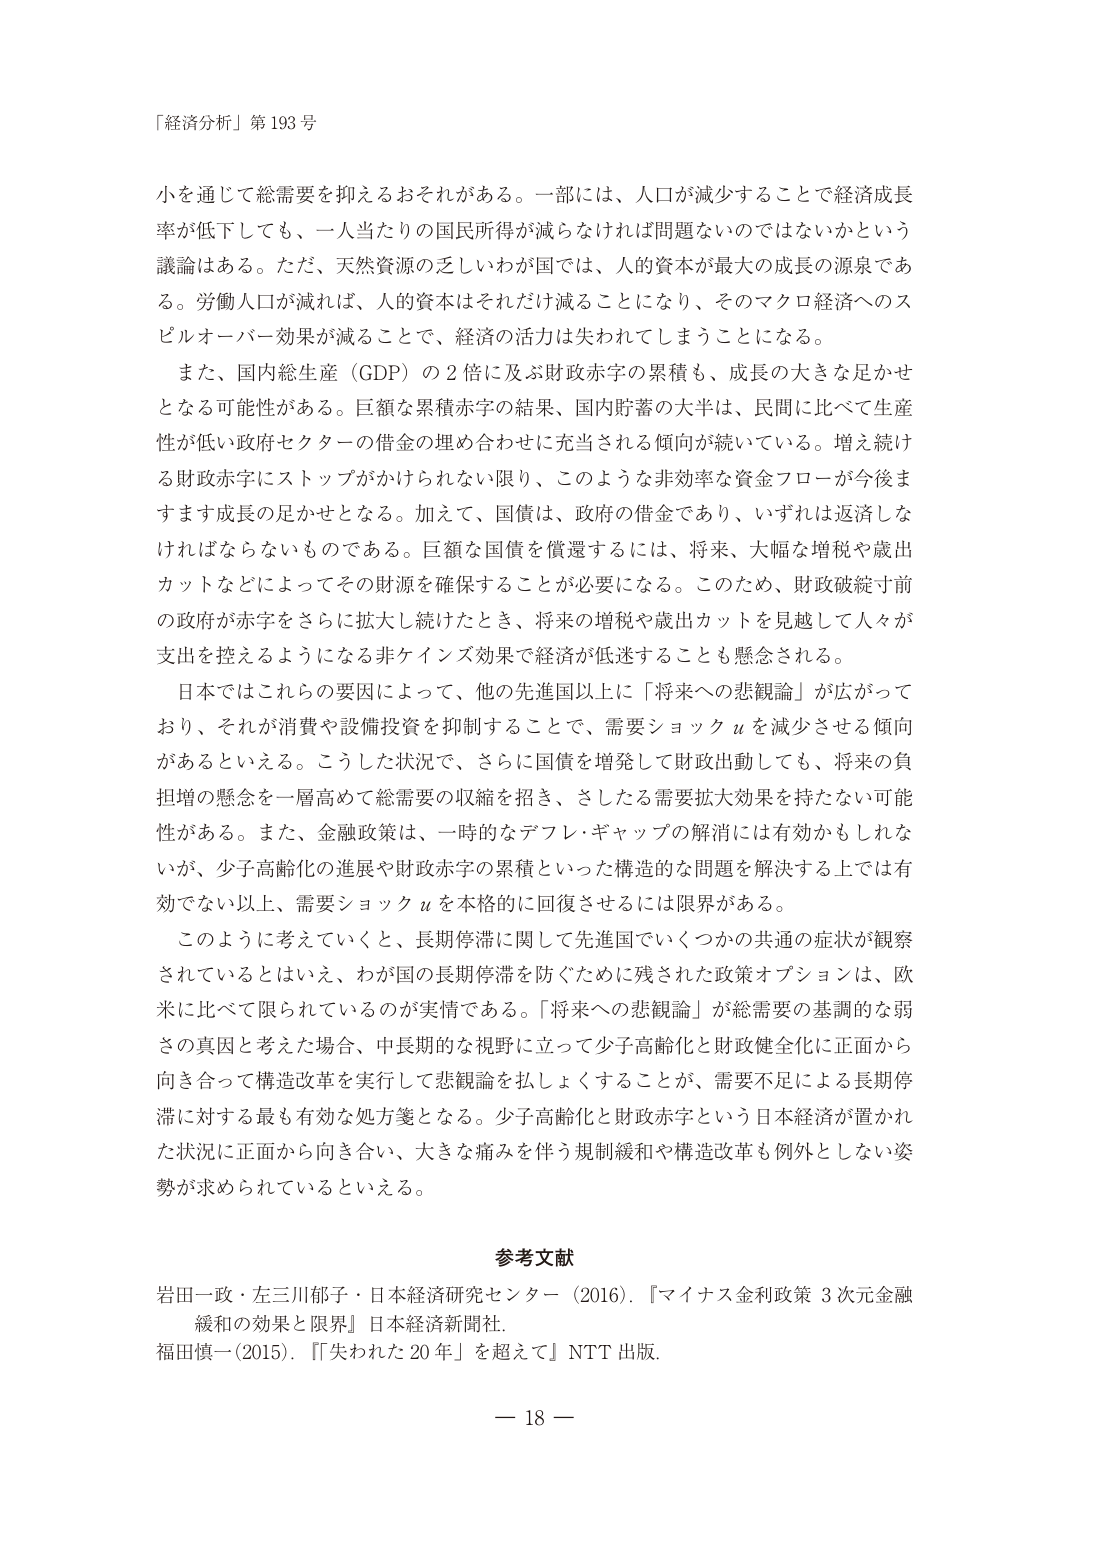
「経済分析」第193号

小を通じて総需要を抑えるおそれがある。一部には、人口が減少することで経済成長率が低下しても、一人当たりの国民所得が減らなければ問題ないのではないかという議論はある。ただ、天然資源の乏しいわが国では、人的資本が最大の成長の源泉である。労働人口が減れば、人的資本はそれだけ減ることになり、そのマクロ経済へのスピルオーバー効果が減ることで、経済の活力は失われてしまうことになる。

また、国内総生産（GDP）の2倍に及ぶ財政赤字の累積も、成長の大きな足かせとなる可能性がある。巨額な累積赤字の結果、国内貯蓄の大半は、民間に比べて生産性が低い政府セクターの借金の埋め合わせに充当される傾向が続いている。増え続ける財政赤字にストップがかけられない限り、このような非効率な資金フローが今後ますます成長の足かせとなる。加えて、国債は、政府の借金であり、いずれは返済しなければならないものである。巨額な国債を償還するには、将来、大幅な増税や歳出カットなどによってその財源を確保することが必要になる。このため、財政破綻寸前の政府が赤字をさらに拡大し続けたとき、将来の増税や歳出カットを見越して人々が支出を控えるようになる非ケインズ効果で経済が低迷することも懸念される。

日本ではこれらの要因によって、他の先進国以上に「将来への悲観論」が広がっており、それが消費や設備投資を抑制することで、需要ショックuを減少させる傾向があるといえる。こうした状況で、さらに国債を増発して財政出動しても、将来の負担増の懸念を一層高めて総需要の収縮を招き、さしたる需要拡大効果を持たない可能性がある。また、金融政策は、一時的なデフレ・ギャップの解消には有効かもしれないが、少子高齢化の進展や財政赤字の累積といった構造的な問題を解決する上では有効でない以上、需要ショックuを本格的に回復させるには限界がある。

このように考えていくと、長期停滞に関して先進国でいくつかの共通の症状が観察されているとはいえ、わが国の長期停滞を防ぐために残された政策オプションは、欧米に比べて限られているのが実情である。「将来への悲観論」が総需要の基調的な弱さの真因と考えた場合、中長期的な視野に立って少子高齢化と財政健全化に正面から向き合って構造改革を実行して悲観論を払しょくすることが、需要不足による長期停滞に対する最も有効な処方箋となる。少子高齢化と財政赤字という日本経済が置かれた状況に正面から向き合い、大きな痛みを伴う規制緩和や構造改革も例外としない姿勢が求められているといえる。

参考文献
岩田一政・左三川郁子・日本経済研究センター（2016）．『マイナス金利政策 3次元金融緩和の効果と限界』日本経済新聞社．
福田慎一（2015）．『「失われた20年」を超えて』NTT出版．

— 18 —